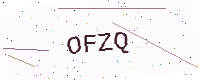
Text: OFZQ